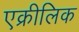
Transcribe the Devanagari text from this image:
एक्रीलिक